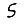
Digit: 5